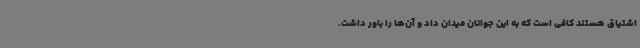
اشتیاق هستند کافی است که به این جوانان میدان داد و آن‌ها را باور داشت.